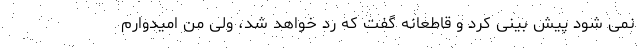
نمی شود پیش بینی کرد و قاطعانه گفت که رد خواهد شد، ولی من امیدوارم